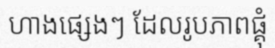
ហាងផ្សេងៗ ដែលរូបភាពផ្គុំ